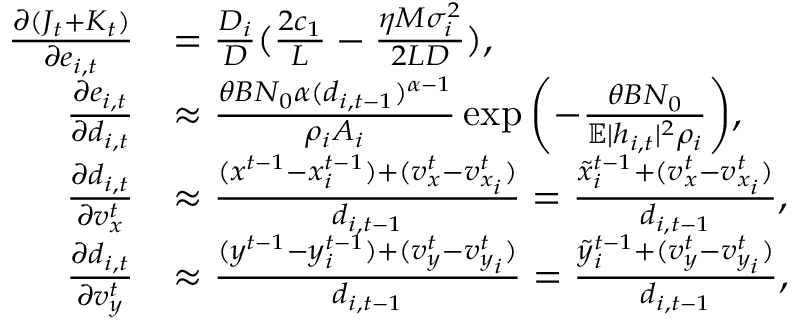
\begin{array} { r l } { \frac { \partial ( J _ { t } + K _ { t } ) } { \partial e _ { i , t } } } & { = \frac { D _ { i } } { D } ( \frac { 2 c _ { 1 } } { L } - \frac { \eta M \sigma _ { i } ^ { 2 } } { 2 L D } ) , } \\ { \frac { \partial e _ { i , t } } { \partial d _ { i , t } } } & { \approx \frac { \theta B N _ { 0 } \alpha ( d _ { i , t - 1 } ) ^ { \alpha - 1 } } { \rho _ { i } A _ { i } } \exp { \left( - \frac { \theta B N _ { 0 } } { \mathbb { E } | h _ { i , t } | ^ { 2 } \rho _ { i } } \right) } , } \\ { \frac { \partial d _ { i , t } } { \partial v _ { x } ^ { t } } } & { \approx \frac { ( x ^ { t - 1 } - x _ { i } ^ { t - 1 } ) + ( v _ { x } ^ { t } - v _ { x _ { i } } ^ { t } ) } { d _ { i , t - 1 } } = \frac { \Tilde { x } _ { i } ^ { t - 1 } + ( v _ { x } ^ { t } - v _ { x _ { i } } ^ { t } ) } { d _ { i , t - 1 } } , } \\ { \frac { \partial d _ { i , t } } { \partial v _ { y } ^ { t } } } & { \approx \frac { ( y ^ { t - 1 } - y _ { i } ^ { t - 1 } ) + ( v _ { y } ^ { t } - v _ { y _ { i } } ^ { t } ) } { d _ { i , t - 1 } } = \frac { \Tilde { y } _ { i } ^ { t - 1 } + ( v _ { y } ^ { t } - v _ { y _ { i } } ^ { t } ) } { d _ { i , t - 1 } } , } \end{array}